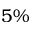
5 \%